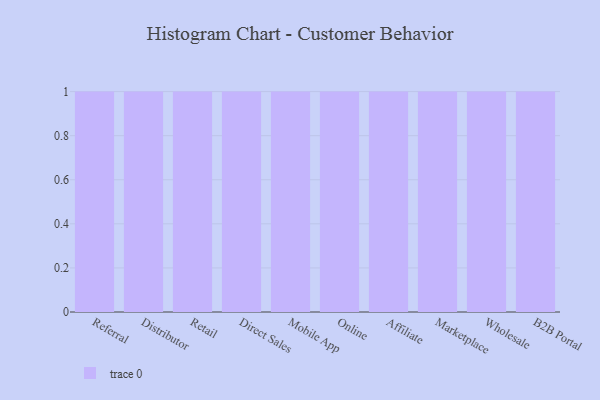
{"axis": {"x": "Channel", "y": "Backlog"}, "legend": [""], "data": [{"x": "Referral", "y": 14, "type": ""}, {"x": "Distributor", "y": 27, "type": ""}, {"x": "Retail", "y": 15, "type": ""}, {"x": "Direct Sales", "y": 74, "type": ""}, {"x": "Mobile App", "y": 85, "type": ""}, {"x": "Online", "y": 9, "type": ""}, {"x": "Affiliate", "y": 52, "type": ""}, {"x": "Marketplace", "y": 25, "type": ""}, {"x": "Wholesale", "y": 85, "type": ""}, {"x": "B2B Portal", "y": 69, "type": ""}]}